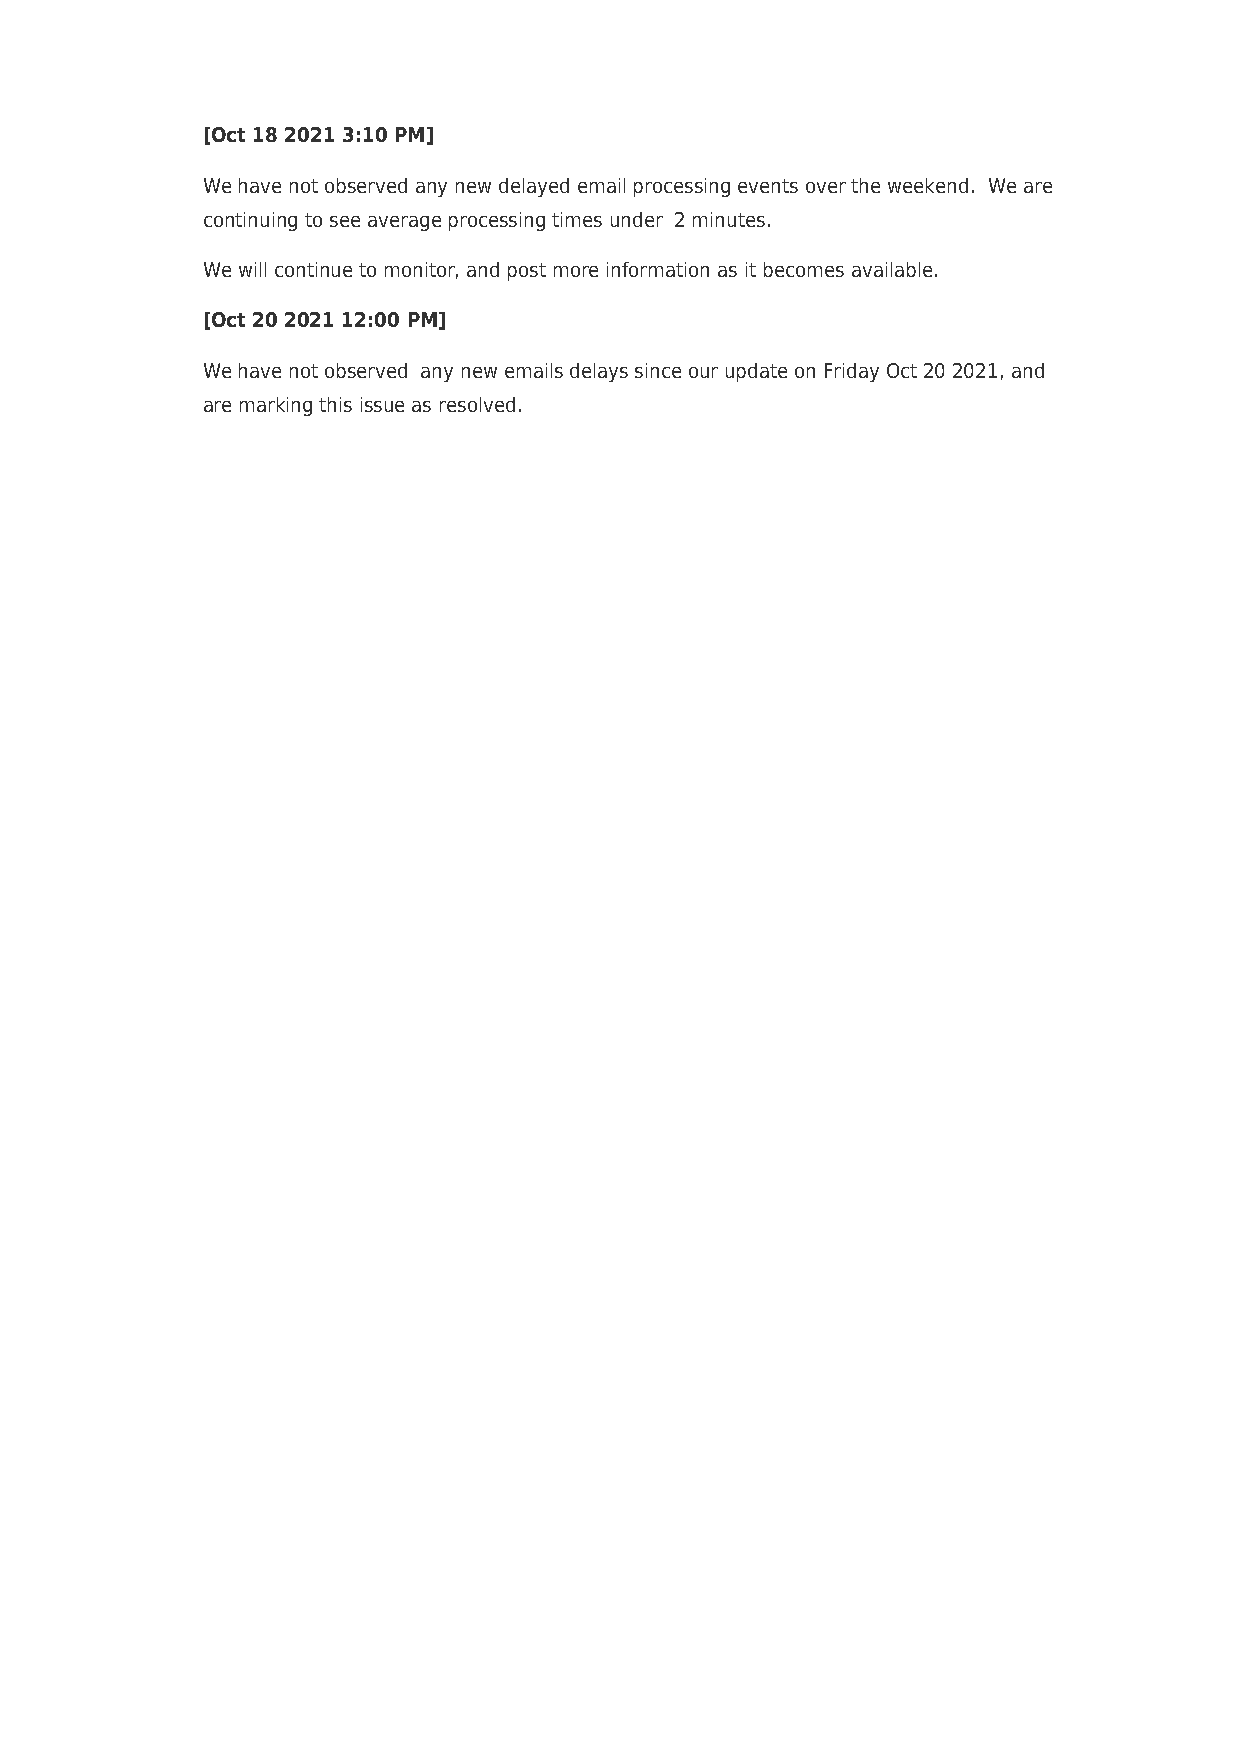
[Oct 18 2021 3:10 PM]
 We have not observed any new delayed email processing events over the weekend. We are
 continuing to see average processing times under 2 minutes.
 We will continue to monitor, and post more information as it becomes available.
 [Oct 20 2021 12:00 PM]
 We have not observed any new emails delays since our update on Friday Oct 20 2021, and
 are marking this issue as resolved.